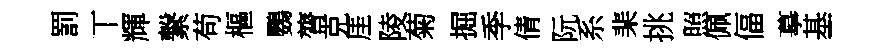
罰丅輝繋苟樞鸚膂克厓陵菊掘季倩阮系棐挑照佩偪摹基